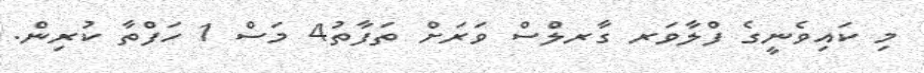
މި ކައިވެނީގެ ފްލާވަރ ގާރލްސް ވަރަށް ތަފާތު4 މަސް 1 ހަފްތާ ކުރިން.